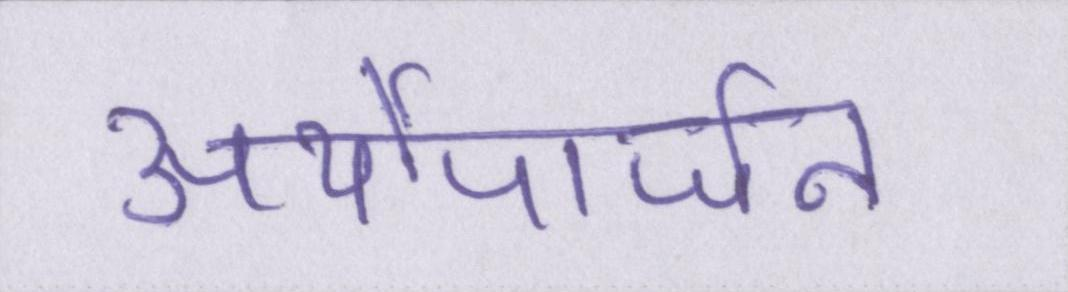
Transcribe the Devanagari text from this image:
अर्थोपार्जन